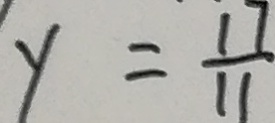
y = \frac { 1 7 } { 1 1 }